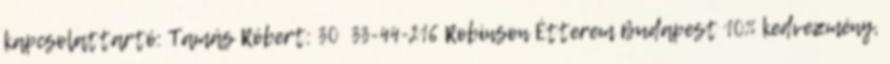
kapcsolattartó: Tamás Róbert: 30 33-44-216 Robinson Étterem Budapest 10% kedvezmény,